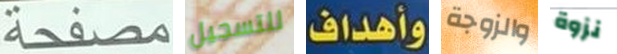
مصفحة للتسجيل وأهداف والزوجة نزوة